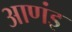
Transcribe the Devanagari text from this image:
आणंइ